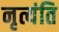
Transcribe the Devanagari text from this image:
नृत्यंति